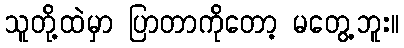
သူတို့ထဲမှာ ပြာတာကိုတော့ မတွေ့ဘူး။